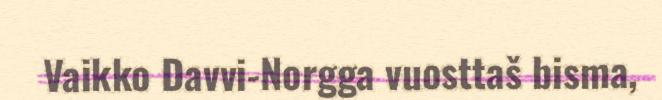
Vaikko Davvi-Norgga vuosttaš bisma,